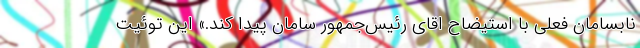
نابسامان فعلی با استیضاح اقای رئیس‌جمهور سامان پیدا کند.» این توئیت